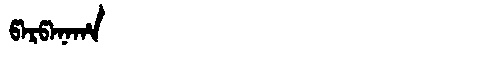
Manchu: ᡦᠠᡵᡦᠠᠨᠠᡥᠠ
Romanization: PARPANAHA